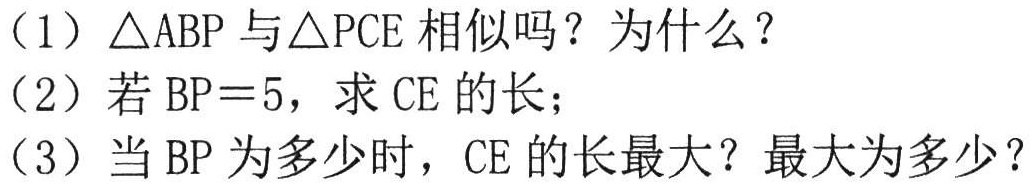
（1）$\triangle ABP$与$\triangle PCE$相似吗？为什么？
（2）若$BP = 5$，求$CE$的长；
（3）当$BP$为多少时，$CE$的长最大？最大为多少？